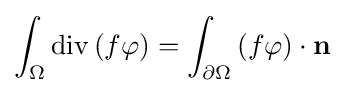
\int _{\Omega }\operatorname {div} \left(f\mathbf {\varphi } \right)=\int _{\partial \Omega }\left(f\mathbf {\varphi } \right)\cdot \mathbf {n}